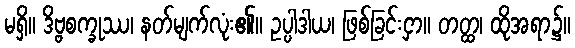
မရှိ။ ဒိဗ္ဗစက္ခုဿ၊ နတ်မျက်လုံး၏။ ဥပ္ပါဒါယ၊ ဖြစ်ခြင်းငှာ။ တတ္ထ၊ ထိုအရာ၌။